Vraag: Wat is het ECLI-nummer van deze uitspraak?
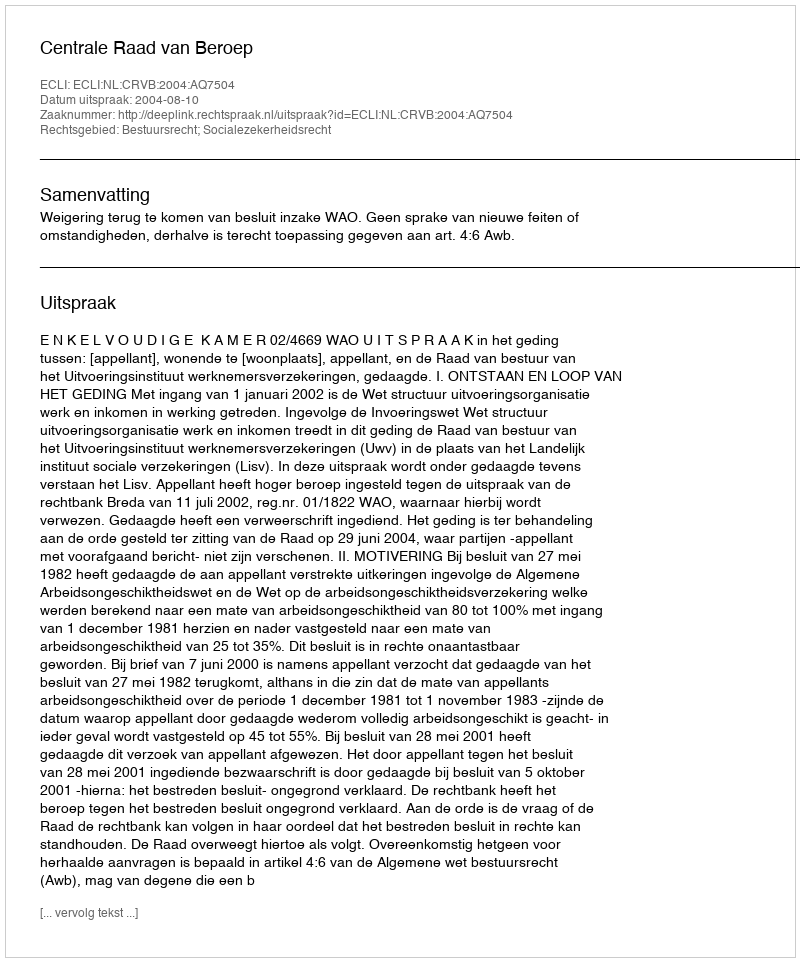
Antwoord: ECLI:NL:CRVB:2004:AQ7504